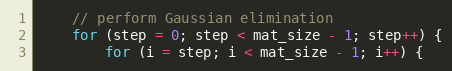
Language: C++
    // perform Gaussian elimination
    for (step = 0; step < mat_size - 1; step++) {
        for (i = step; i < mat_size - 1; i++) {